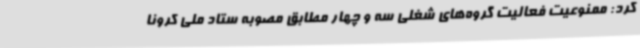
کرد: ممنوعیت فعالیت گروه‌های شغلی سه و چهار مطابق مصوبه ستاد ملی کرونا